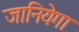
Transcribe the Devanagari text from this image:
जानियेगा